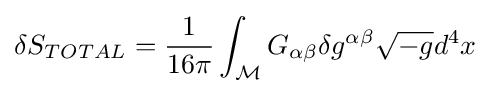
\delta S_{TOTAL}={1 \over 16\pi }\int _{\mathcal {M}}G_{\alpha \beta }\delta g^{\alpha \beta }{\sqrt {-g}}d^{4}x